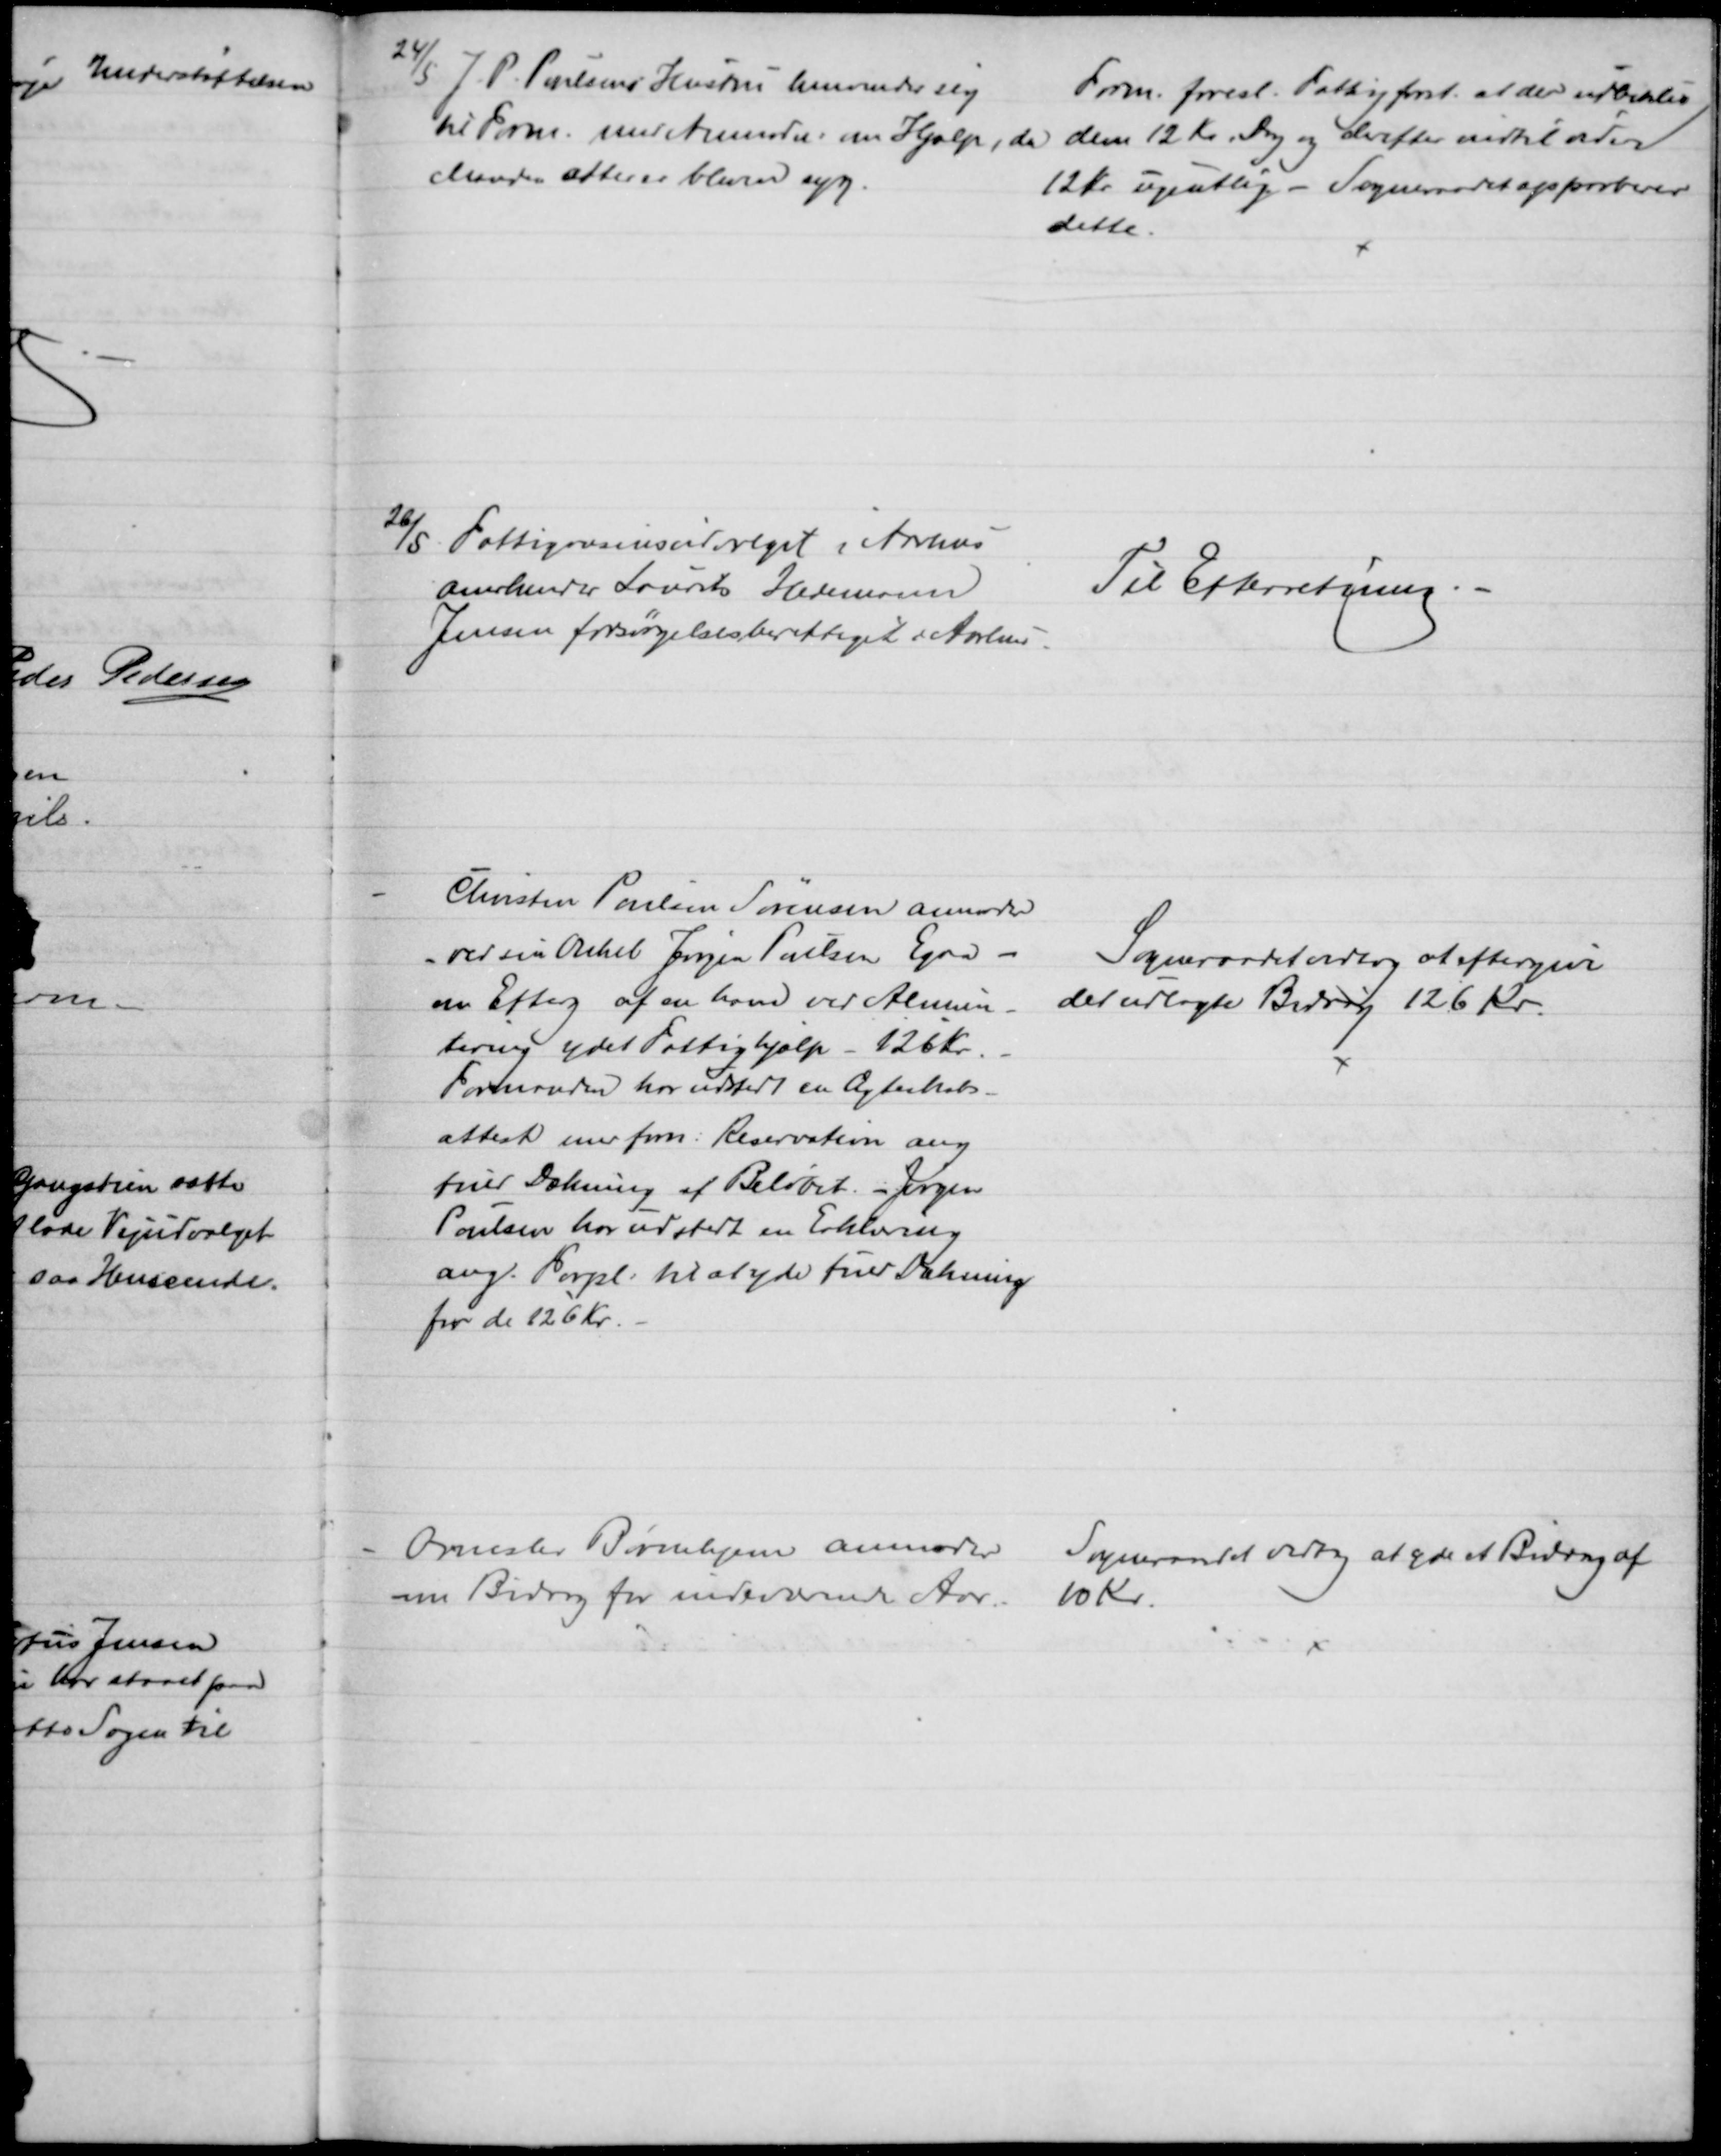
Transskription:
24/5 J. P. Poulsens Hustru henvender sig
til Form. med Anmodn: om Hjælp, da
Manden atter er bleven syg.
Form. foresl. Fattigforst. at der udbetales
dem 12 Kr. i Dag og derefter indtil videre
12 Kr ugentlig - Sogneraadet approberer
dette.
26/8. Fattigvæsensudvalget i Aarhus
anerkender Laurits Hedemann
Jensen forsørgelsesberettiget i Aarhus.
Til Efterretning.
Christen Poulsen Sørensen anmoder
- ved sin Onkel Jørgen Poulsen Egaa -
om Efterg af en ham ved Alimen-
tering ydet Fattighjælp - 126 Kr.
Formanden har udstedt en Ægteskabs-
attest med frm: Reservation ang
fuld Dækning af Beløbet. - Jørgen
Poulsen har udstedt en Erklæring
ang. Forpl. til at yde fuld Dækning
for de 126 Kr.
Sogneraadet vedtog at eftergive
det udlagte Bidrag 126 kr.
Omslev Børnehjem anmoder
om Bidrag for indeværende Aar.
Sogneraadet vedtog at yde et Bidrag af
10 Kr.